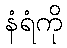
နံရံကို